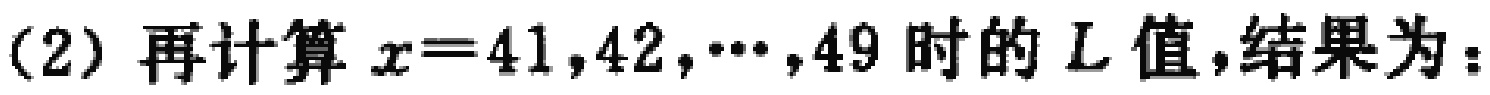
(2) 再计算 \(x = 41,42,\cdots,49\) 时的 \(L\) 值，结果为：